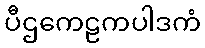
ပီဌကေဠကပါဒကံ